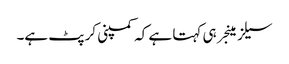
سیلز مینجر ہی کہتا ہے کہ کمپنی کرپٹ ہے۔